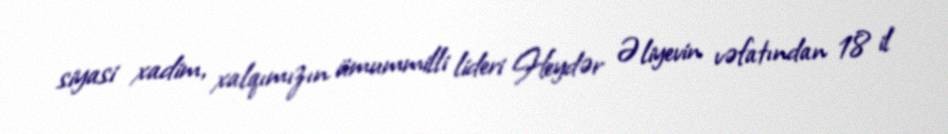
siyasi xadim, xalqımızın ümummilli lideri Heydər Əliyevin vəfatından 18 il